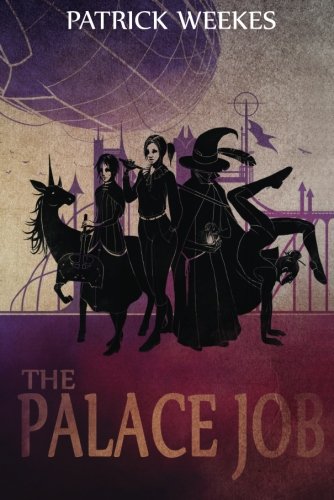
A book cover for The Palace Job (Rogues of the Republic); Patrick Weekes; Science Fiction & Fantasy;